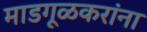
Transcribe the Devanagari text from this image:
माडगूळकरांना